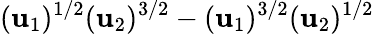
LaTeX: (\mathbf{u}_{1})^{1/2}(\mathbf{u}_{2})^{3/2}-(\mathbf{u}_{1})^{3/2}(\mathbf{u}_{2})^{1/2}